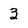
Character: 3